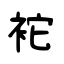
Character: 袉